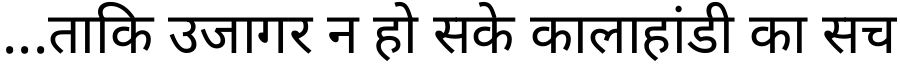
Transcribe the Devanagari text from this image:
...ताकि उजागर न हो सके कालाहांडी का सच